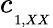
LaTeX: c_{_{_{1,XX}}}